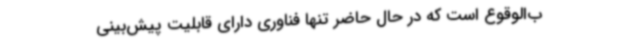
ب‌الوقوع است که در‌ حال‌ حاضر تنها فناوری دارای قابلیت‌ پیش‌بینی